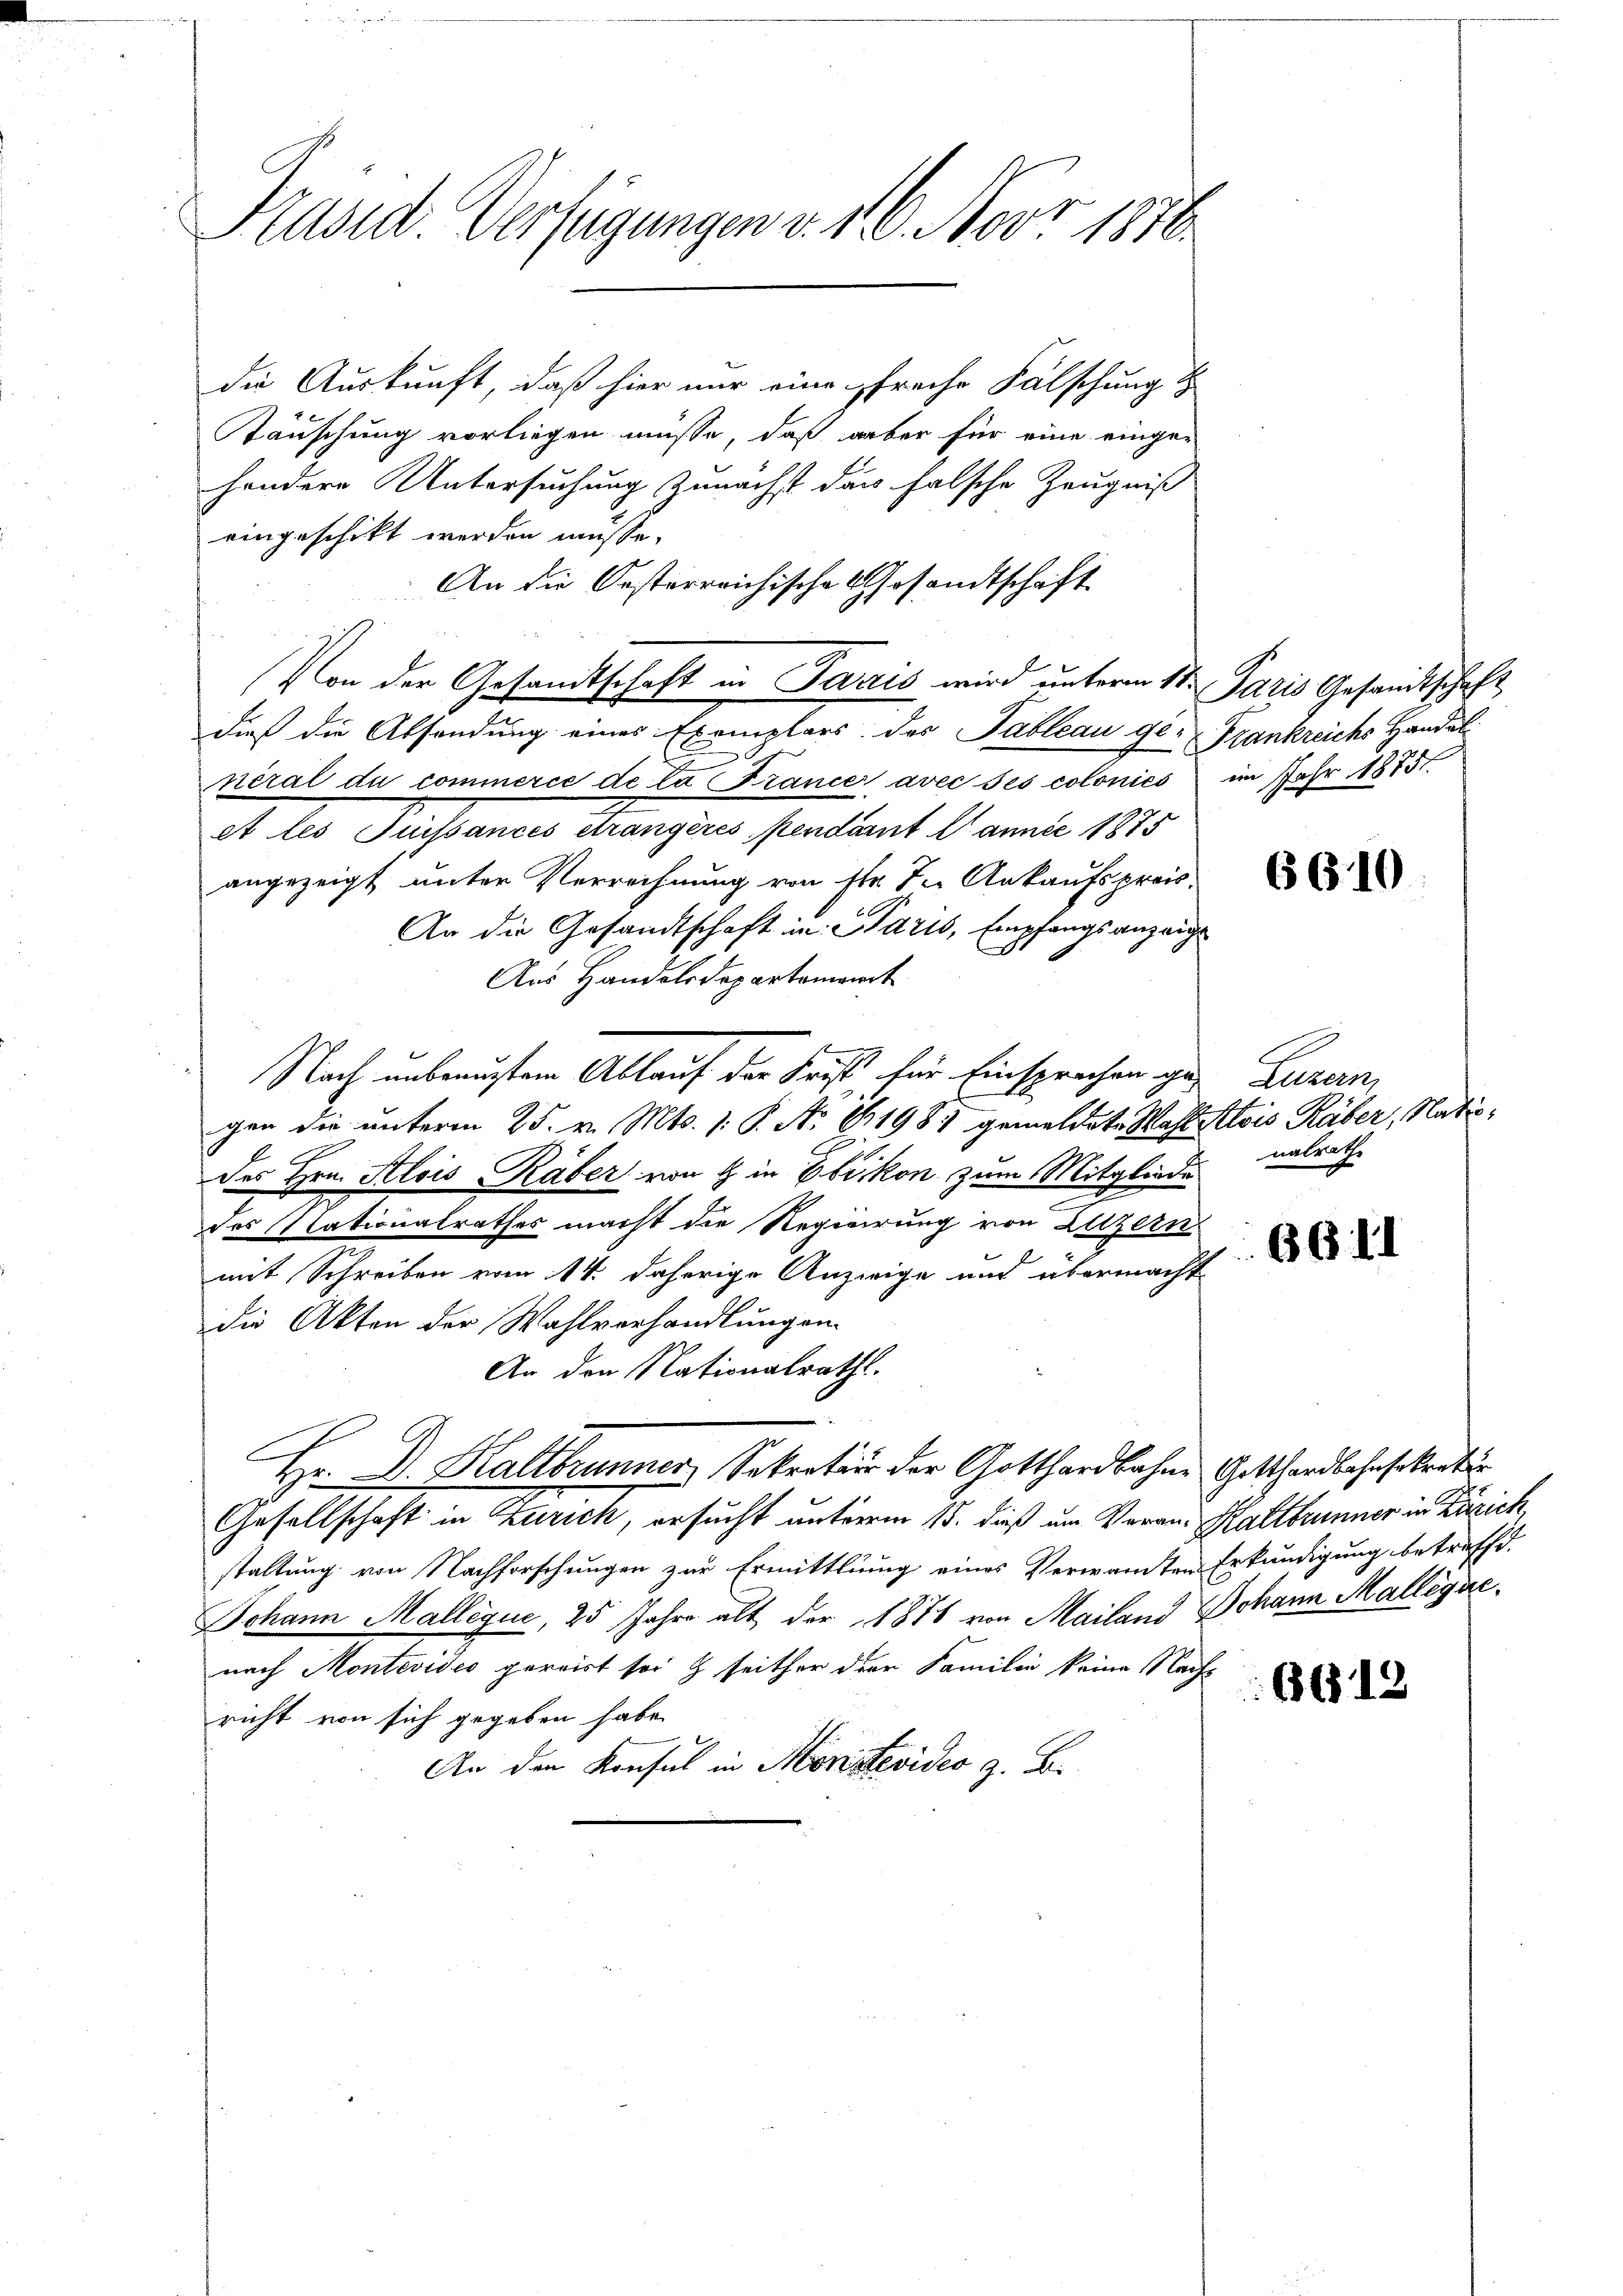
Präsid. Verfügungen v. 16. Nov. 1816.

die Auskunft, daß hier nur eine freihe Fälschung d
täuschung vorliegen müsse, daß aber für eine einge-
sondere Untersuchung zunächst den falsche Zeugniß
eingeschikt werden müsse.
An die Oesterreichische Gesandtschaft
dieß die Absendung eines Exemplars des Tableau ge-Frankreichs Handel
neral du commerce de la France avec ses colonies im Jahr 1875
et les Suissances étrangères pendant l’année 1875
angezeigt unter Verrechnung von str. die Ankaufspreis¬
An die Gesandtschaft in Paris, Empfangsanzeige
Aus Handelsdepartement
19
gen die unterm 25. v. Mts. 1. P. Nr. 611985 gemeldete Wahlstois Räber, Natudes Hrn. Alois Räber von & in Ebikon zum Mitgliede
des Nationalrathes macht die Regierung von Luzern
mit Schreiben vom 14. daherige Anzeige und übermacht
die Akten der Wahlverhandlungen.
An den Nationalrath.
Hr. Dr. Haltbrunner, Sekretior der Gotthardbahne Gotthardbahnsokratio
Gesellschaft in Zürich, ersucht unterm 15. dieß um Veran. Haltbrunner in Zürich,
staltung von Nachforschungen zur Ermittlung eines Verwandten Erkundigung betreffd.
Johann Mallégue, 25 Jahre alt der 1876 von Mailand Johann Mallégue
nach Montevideo pereist sei & seither der Familie keine Nachs
richt von sich gegeben habe.
An den Konsul in Moristevideo z. B.

Nach unbeauftem Ablauf der Frist für Einsprachen ge-

Von der Gesandtschaft in Paris wird unterm 11. Paris Gesandtschaft

6610

Luzan
nalrath

6611

6619